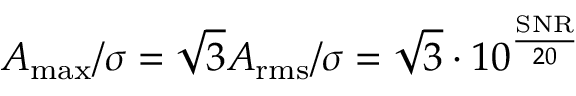
A _ { \operatorname* { m a x } } / \sigma = \sqrt { 3 } A _ { \mathrm { r m s } } / \sigma = \sqrt { 3 } \cdot 1 0 ^ { \frac { \mathrm { S N R } } { 2 0 } }